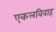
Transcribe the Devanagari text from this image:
एकलविवाह